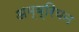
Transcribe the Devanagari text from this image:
अम्ब्रियन